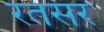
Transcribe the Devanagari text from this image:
रतसर